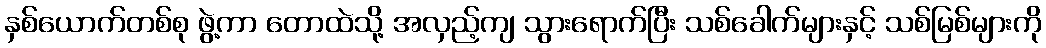
နှစ်ယောက်တစ်စု ဖွဲ့ကာ တောထဲသို့ အလှည့်ကျ သွားရောက်ပြီး သစ်ခေါက်များနှင့် သစ်မြစ်များကို